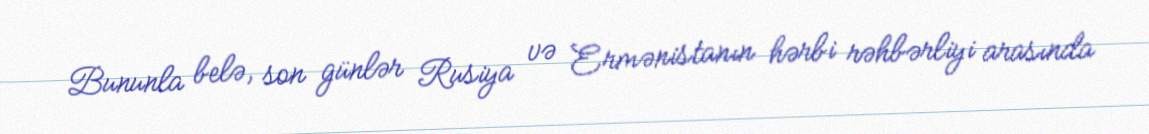
Bununla belə, son günlər Rusiya və Ermənistanın hərbi rəhbərliyi arasında